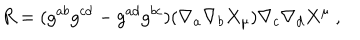
R = ( g ^ { a b } g ^ { c d } - g ^ { a d } g ^ { b c } ) ( \nabla _ { a } \nabla _ { b } X _ { \mu } ) \nabla _ { c } \nabla _ { d } X ^ { \mu } \ ,